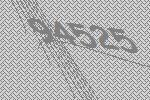
94525